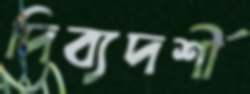
দিব্যদর্শী